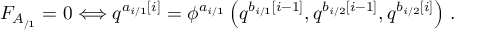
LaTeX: F _ { A _ { / 1 } } = 0 \Longleftrightarrow q ^ { a _ { i / 1 } \left[ i \right] } = \phi ^ { a _ { i / 1 } } \left( q ^ { b _ { i / 1 } \left[ i - 1 \right] } , q ^ { b _ { i / 2 } \left[ i - 1 \right] } , q ^ { b _ { i / 2 } \left[ i \right] } \right) \, .